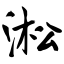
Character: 淞